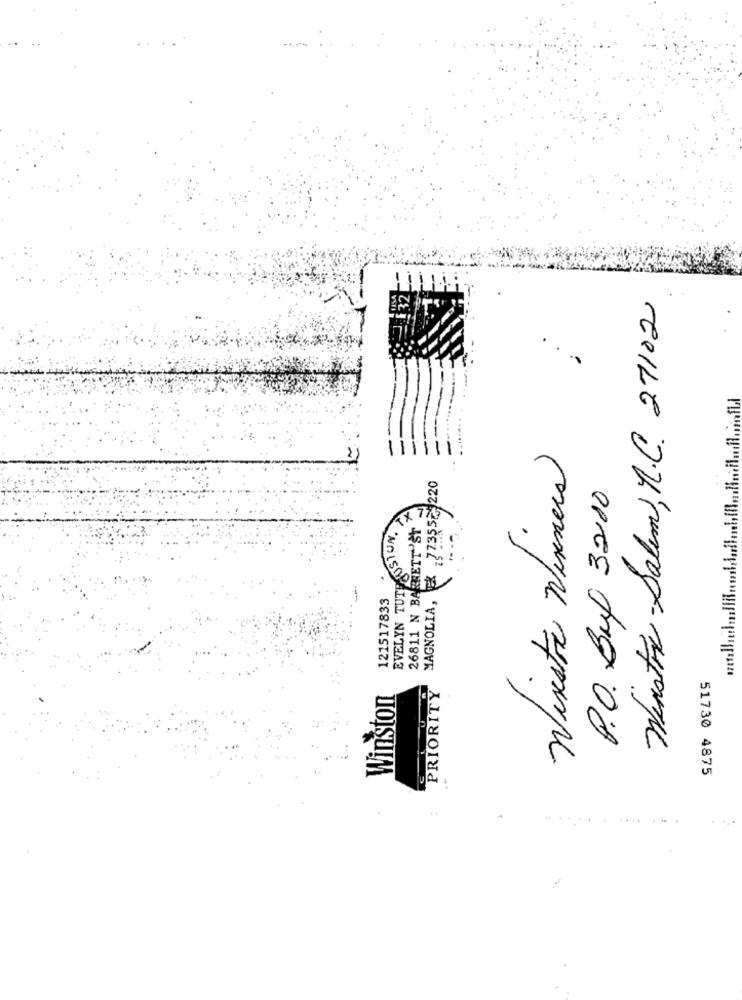
Winstre-Salim,R.C. 27102
..
Nisestra Winners
MAGNOLIA, x 77355~ 220
P.O. Buf 3210
26811 N BARRETT 'SY
TEAUSTUN.
EVELYN TUTE
121517833
PRIORITY
Winston
51730 4875